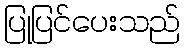
ပြုပြင်ပေးသည်